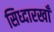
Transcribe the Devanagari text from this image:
सिध्दारखाँ